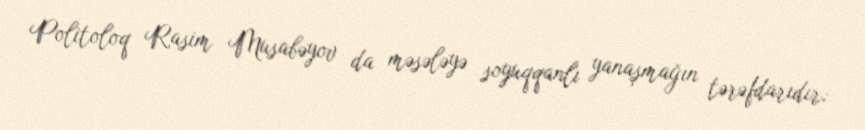
Politoloq Rasim Musabəyov da məsələyə soyuqqanlı yanaşmağın tərəfdarıdır: